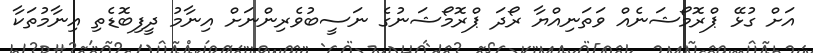
އަށް ގުޅޭ ޕްރޮމޯޝަނެއް ވަތަނިއްޔާ ރޯދަ ޕްރޮމޯޝަނުގެ ނަސީބުވެރިންނަށް އިނާމު ދީފިބޮޑެތި އިނާމުތަކާ